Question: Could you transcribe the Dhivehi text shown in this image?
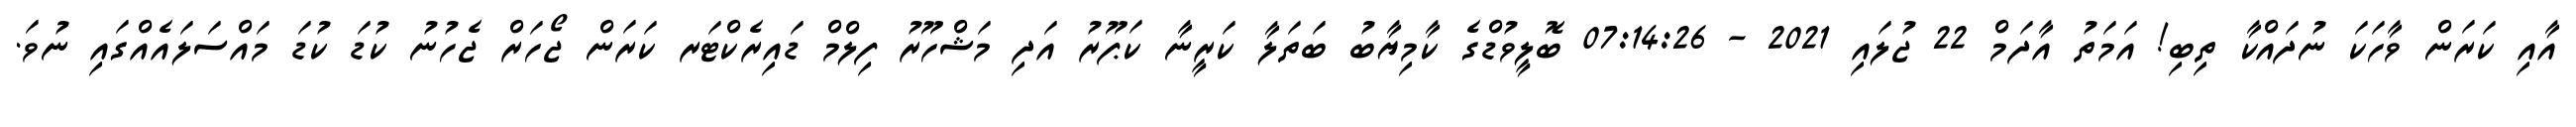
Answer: އާއި ކަރަން ވާހަކަ ނުދައްކާ ތިބި! އަމަތު އާދަމް 22 ޖުލައި 2021 - 07:14:26 ބޮލީވުޑްގެ ކާމިޔާބު ބަތަލާ ކަރީނާ ކަޕޫރު އަދި މަޝްހޫރު ފިލްމް ޑައިރެކްޓަރ ކަރަން ޖޯހަރް ޖެހުނު ކުޑަ ކުޑަ މައްސަލައެއްގައި ނުވަ.